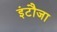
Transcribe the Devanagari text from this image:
इंटौजा